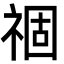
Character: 祻